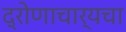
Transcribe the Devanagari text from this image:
द्रोणाचार्यचा